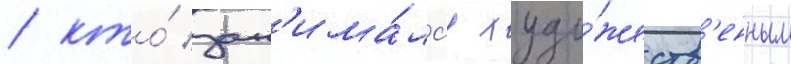
/ кто́ зан'има́лс'я худо́жеств'енным